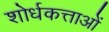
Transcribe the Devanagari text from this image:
शोर्धकत्ताओं